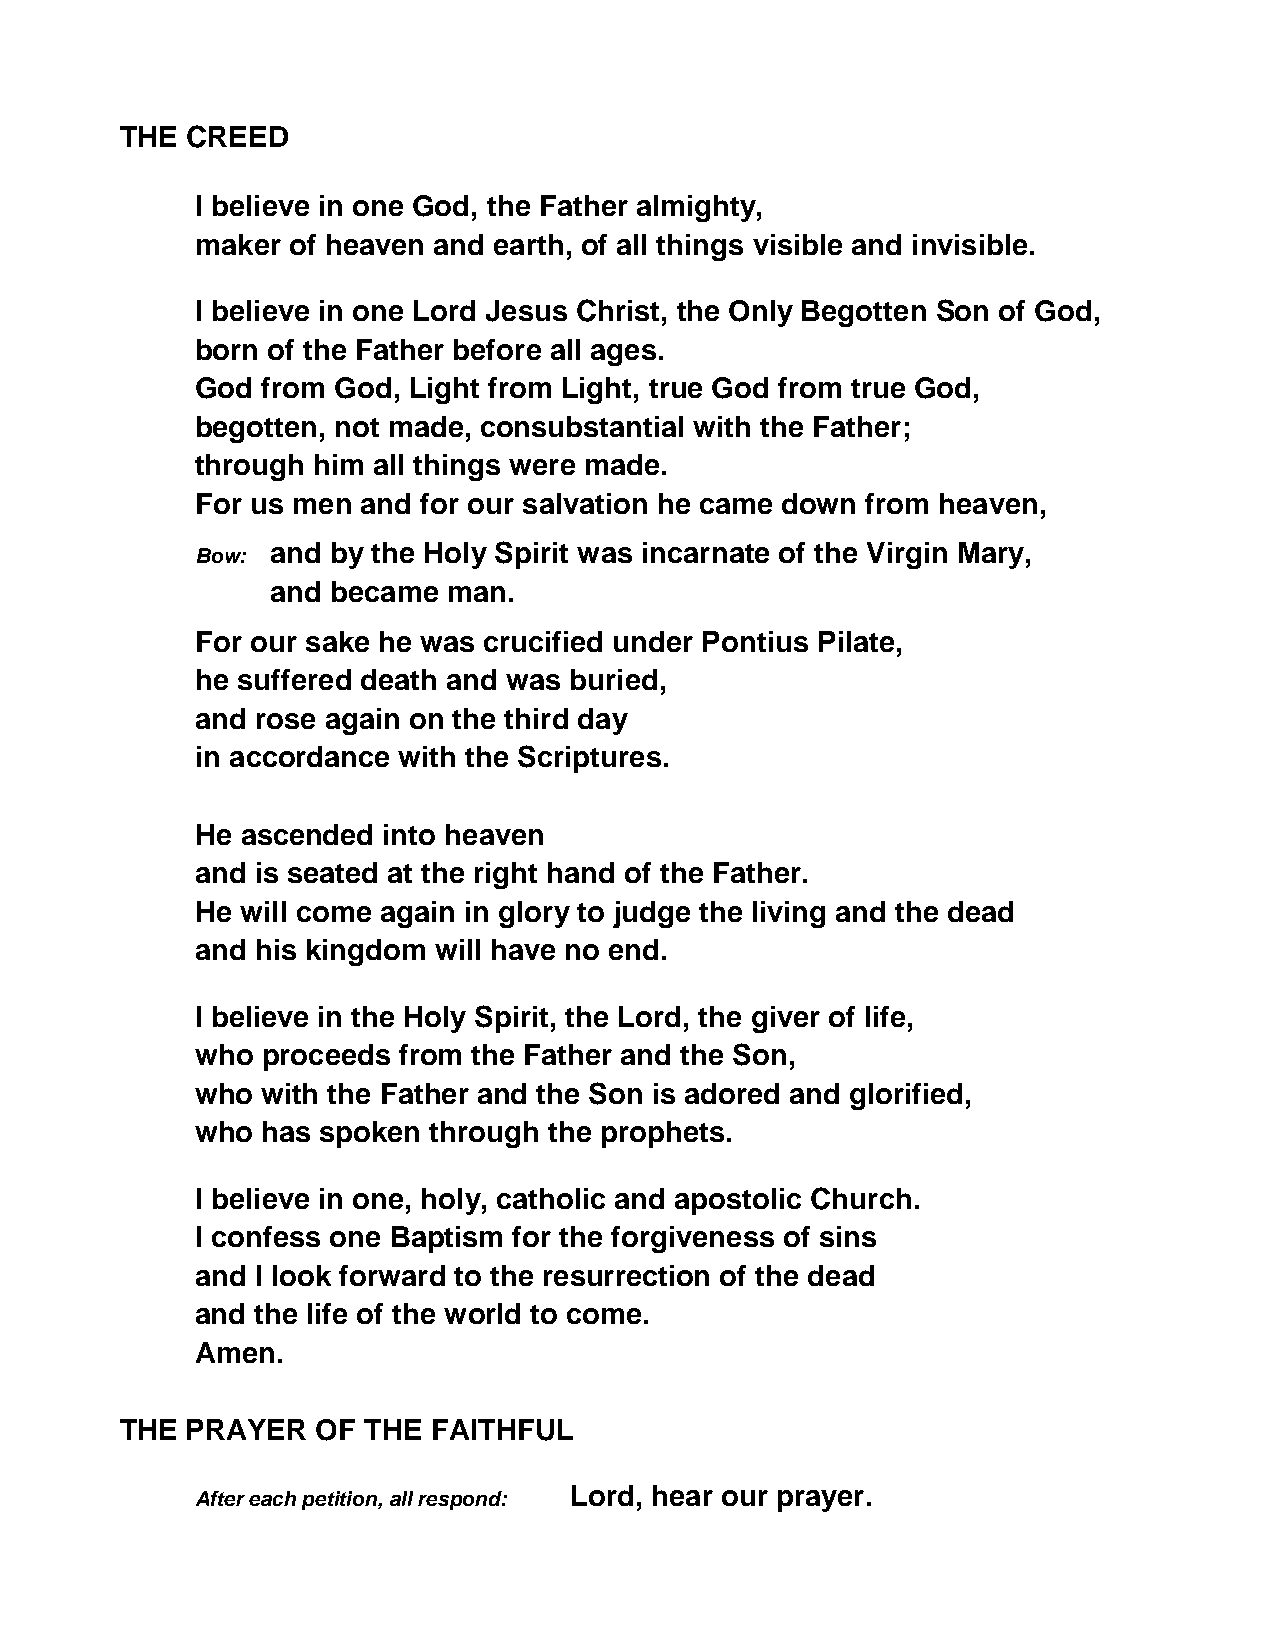
THE CREED
 I believe in one God, the Father almighty,
 maker of heaven and earth, of all things visible and invisible.
 I believe in one Lord Jesus Christ, the Only Begotten Son of God,
 born of the Father before all ages.
 God from God, Light from Light, true God from true God,
 begotten, not made, consubstantial with the Father;
 through him all things were made.
 For us men and for our salvation he came down from heaven,
 and by the Holy Spirit was incarnate of the Virgin Mary,
 Bow:
 and became  man.
 For our sake he was crucified under Pontius Pilate,
 he suffered death and was buried,
 and rose again on the third day
 in accordance with the Scriptures.
 He ascended into heaven
 and is seated at the right hand of the Father.
 He will come again in glory to judge the living and the dead
 and his kingdom will have no end.
 I believe in the Holy Spirit, the Lord, the giver of life,
 who proceeds from the Father and the Son,
 who with the Father and the Son is adored and glorified,
 who has spoken through the prophets.
 I believe in one, holy, catholic and apostolic Church.
 I confess one Baptism for the forgiveness of sins
 and I look forward to the resurrection of the dead
 and the life of the world to come.
 Amen.
 THE PRAYER   OF THE  FAITHFUL
 Lord, hear our prayer.
 After each petition, all respond: